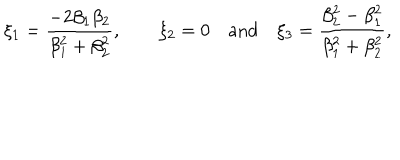
\xi _ { 1 } = \frac { - 2 \beta _ { 1 } \beta _ { 2 } } { \beta _ { 1 } ^ { 2 } + \beta _ { 2 } ^ { 2 } } , \qquad \xi _ { 2 } = 0 \quad \mathrm { a n d \quad } \xi _ { 3 } = \frac { \beta _ { 2 } ^ { 2 } - \beta _ { 1 } ^ { 2 } } { \beta _ { 1 } ^ { 2 } + \beta _ { 2 } ^ { 2 } } ,